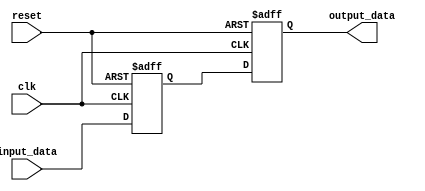
module Simple_Bypass_Register (
    input wire              clk,
    input wire              reset,
    input wire              input_data,
    output reg              output_data
);

reg stored_data;

always @(posedge clk or posedge reset) begin
    if (reset) begin
        stored_data <= 1'b0;
        output_data <= 1'b0;
    end else begin
        stored_data <= input_data;
        output_data <= stored_data;
    end
end

endmodule